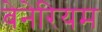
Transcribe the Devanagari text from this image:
बेनेरियम